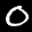
Label: 0